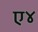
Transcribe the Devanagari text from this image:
ए४